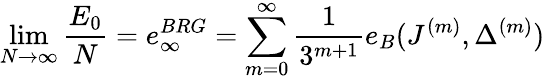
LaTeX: \operatorname*{lim}_{N\rightarrow\infty}\frac{E_{0}}{N}=e_{\infty}^{BRG}=\sum_{m=0}^{\infty}\frac{1}{3^{m+1}}e_{B}(J^{(m)},\Delta^{(m)})